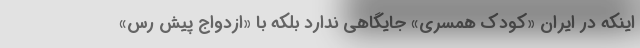
اینکه در ایران «کودک همسری» جایگاهی ندارد بلکه با «ازدواج پیش رس»